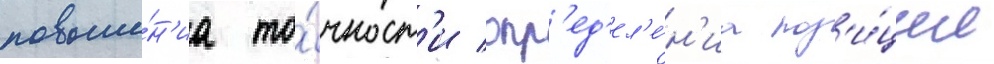
повыше́н'иа то́чност'и опр'ед'ел'е́н'иа поз'и́ции